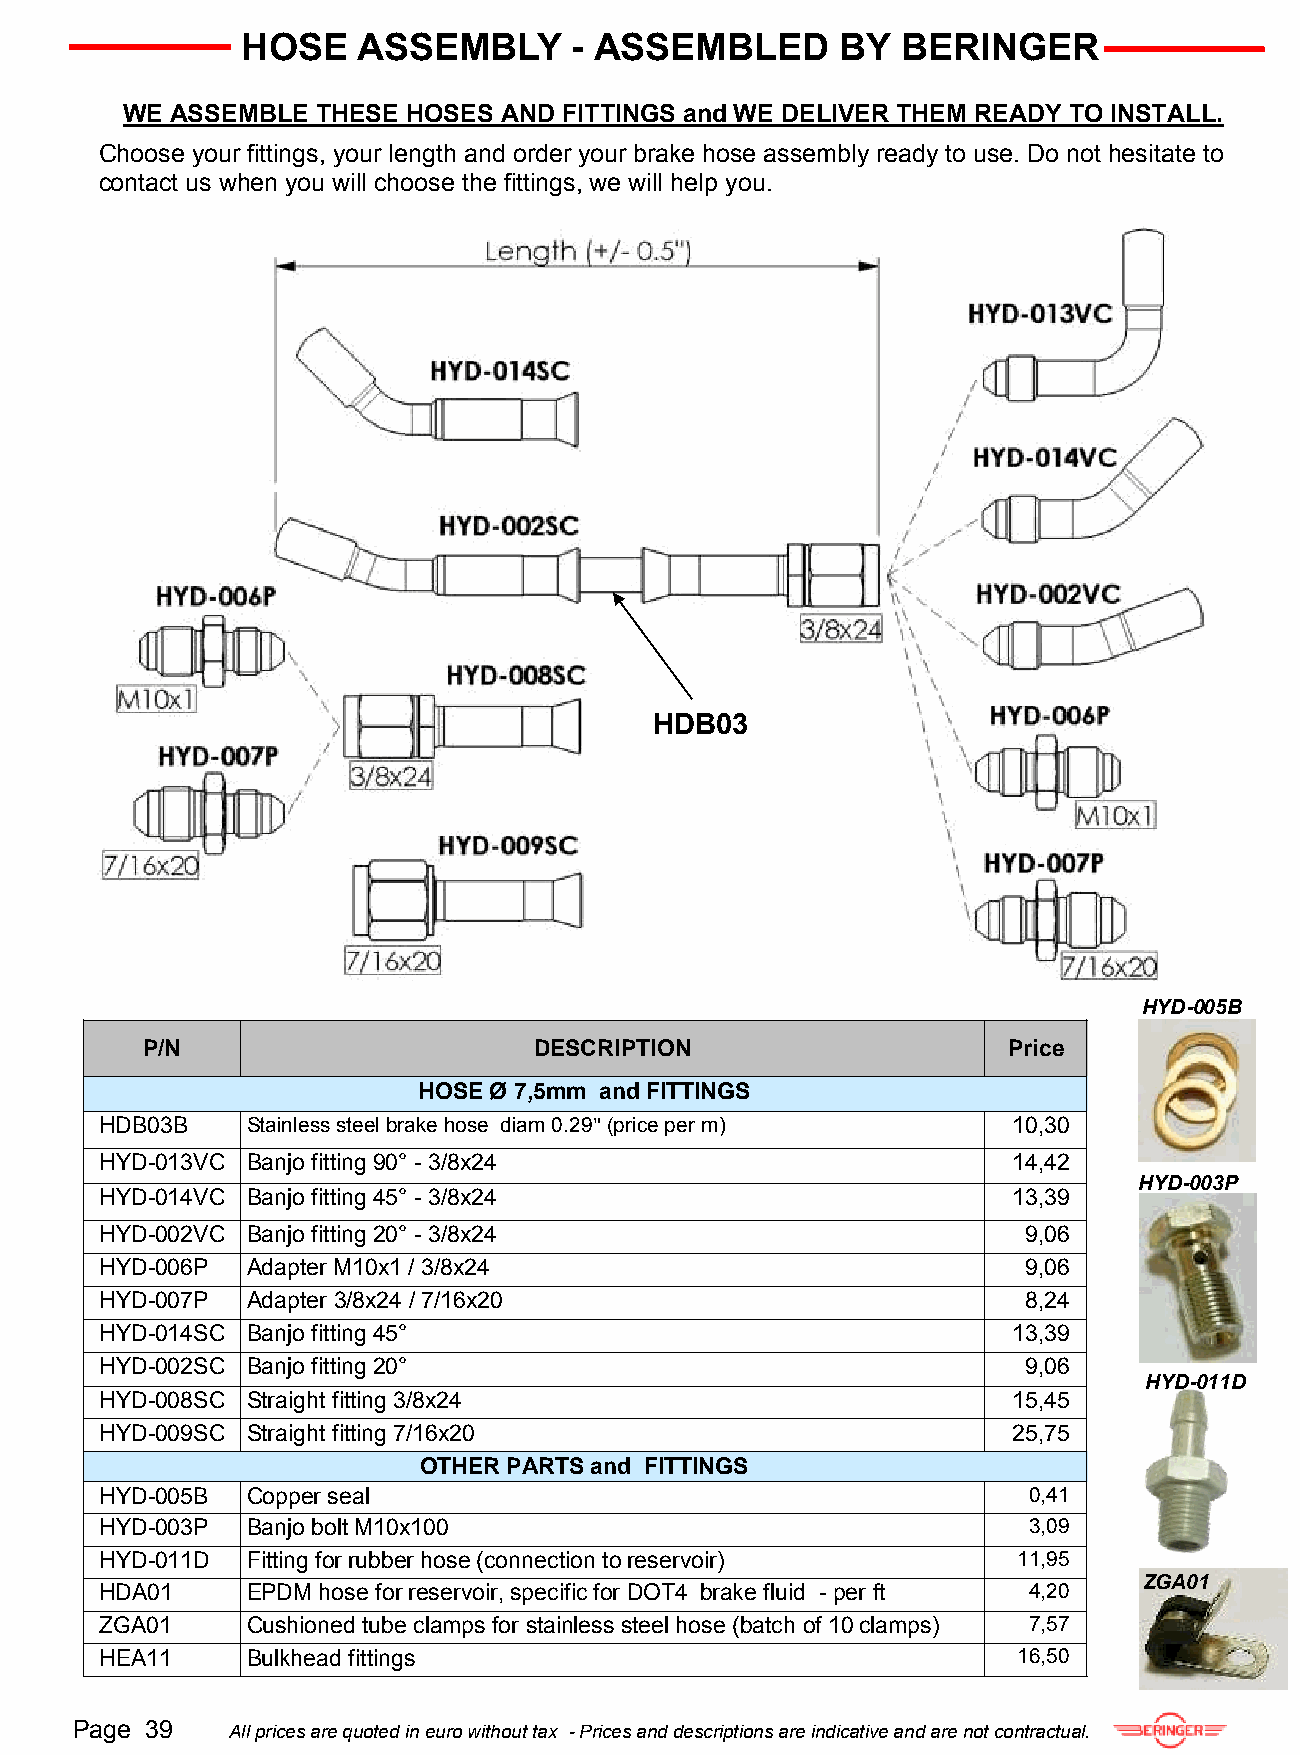
HOSE    ASSEMBLY      - ASSEMBLED       BY  BERINGER
 WE ASSEMBLE  THESE HOSES AND FITTINGS and WE DELIVER THEM READY TO INSTALL.
 Choose your fittings, your length and order your brake hose assembly ready to use. Do not hesitate to
 contact us when you will choose the fittings, we will help you.
 HDB03
 HYD-005B
 P/N                       DESCRIPTION                     Price
 HOSE Ø 7,5mm and FITTINGS
 HDB03B   Stainless steel brake hose diam 0.29" (price per m) 10,30
 HYD-013VC Banjo fitting 90° - 3/8x24                        14,42
 HYD-003P
 HYD-014VC Banjo fitting 45° - 3/8x24                        13,39
 HYD-002VC Banjo fitting 20° - 3/8x24                         9,06
 HYD-006P Adapter M10x1 / 3/8x24                              9,06
 HYD-007P Adapter 3/8x24 / 7/16x20                            8,24
 HYD-014SC Banjo fitting 45°                                 13,39
 HYD-002SC Banjo fitting 20°                                  9,06
 HYD-011D
 HYD-008SC Straight fitting 3/8x24                           15,45
 HYD-009SC Straight fitting 7/16x20                          25,75
 OTHER PARTS and FITTINGS
 HYD-005B Copper seal                                         0,41
 HYD-003P Banjo bolt M10x100                                  3,09
 HYD-011D Fitting for rubber hose (connection to reservoir)  11,95
 ZGA01
 HDA01    EPDM hose for reservoir, specific for DOT4 brake fluid - per ft 4,20
 ZGA01    Cushioned tube clamps for stainless steel hose (batch of 10 clamps) 7,57
 HEA11    Bulkhead fittings                                  16,50
 Page 39   All prices are quoted in euro without tax - Prices and descriptions are indicative and are not contractual.